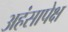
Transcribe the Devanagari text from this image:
अहंसापेक्ष